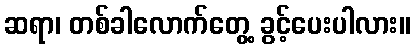
ဆရာ၊ တစ်ခါလောက်တွေ့ ခွင့်ပေးပါလား။